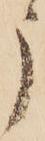
う